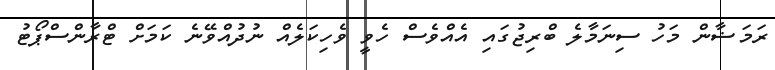
ރަމަޟާން މަހު ސިނަމާލެ ބްރިޖުގައި އެއްވެސް ހެވީ ވެހިކަލެއް ނުދުއްވޭނެ ކަމަށް ޓްރާންސްޕޯޓު